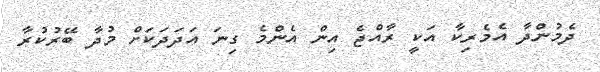
ދެމުންދާ އެމެރިކާ އަކީ ރާއްޖެ އިން އެންމެ ގިނަ އަދަދަކަށް މުދާ ބޭރުކުރާ